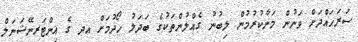
ސަރަހައްދަށް ވަނުން މަނާކުރުމުން ލިބުނު ގެއްލުންތަކުގެ ބަދަލު ހޯދުމަށް އދ ގެ އިންޓަރނޭޝަނަލް